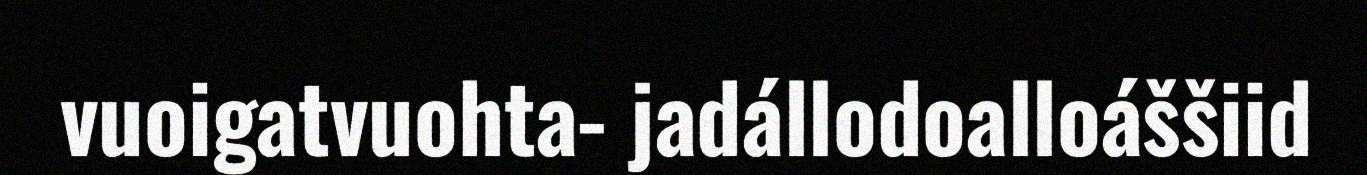
vuoigatvuohta- jadállodoalloáššiid